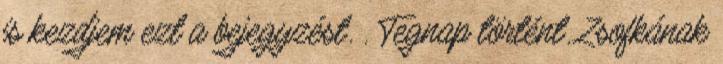
is kezdjem ezt a bejegyzést. . Tegnap történt. Zsofkának